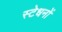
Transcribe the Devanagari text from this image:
स्टेधनों